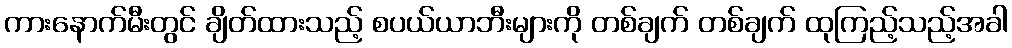
ကားနောက်မီးတွင် ချိတ်ထားသည့် စပယ်ယာဘီးများကို တစ်ချက် တစ်ချက် ထုကြည့်သည့်အခါ